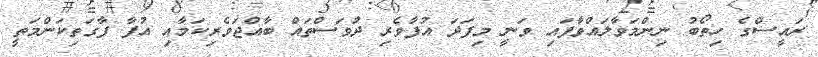
ރައީސްގެ ހިތޯބު ނިންމަވާލައްވާފައި ވަނީ މިފަދަ އުފާވެރި ދުވަސްތައް ބާއްޖަވެރިކަމާއި އުފާ ފާގަތިކަންމަތީ